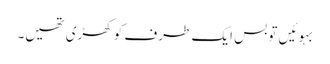
بہوئیں تو بس ایک طرف کو کھڑی تھیں۔